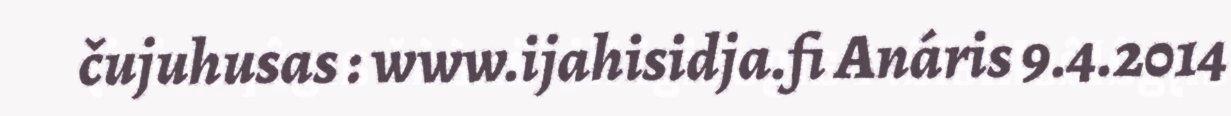
čujuhusas : www.ijahisidja.fi Anáris 9.4.2014